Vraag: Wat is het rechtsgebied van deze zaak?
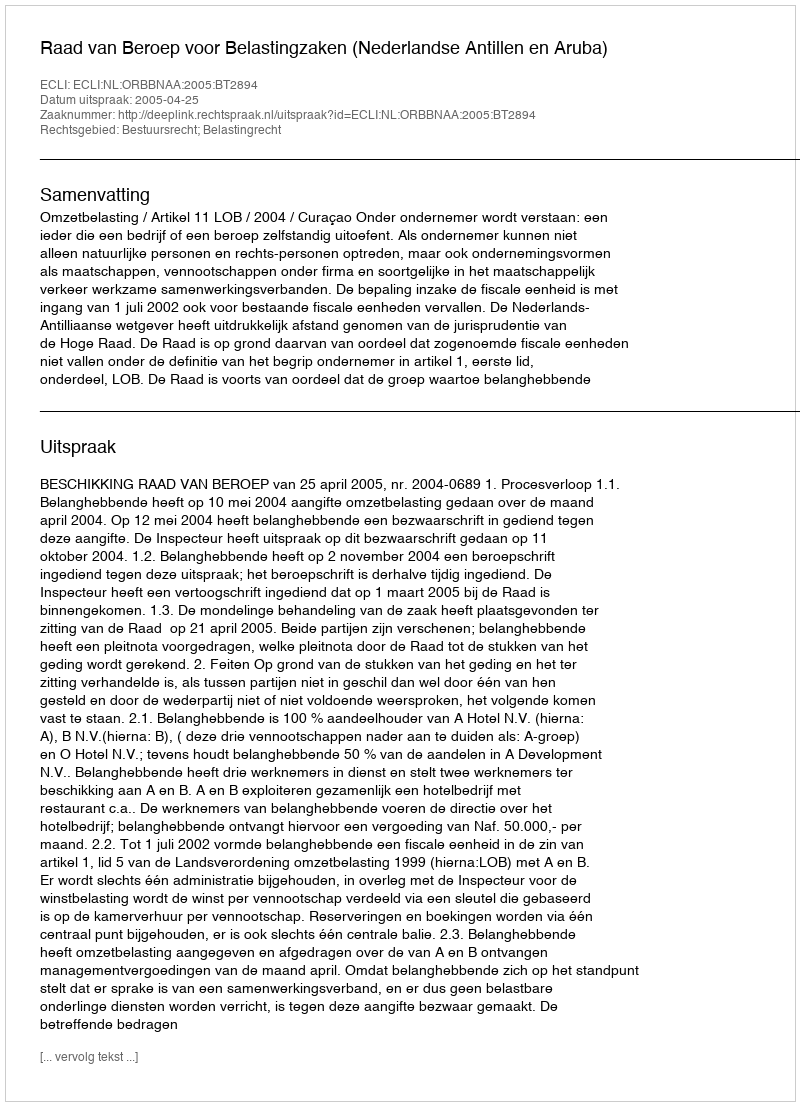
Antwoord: Bestuursrecht; Belastingrecht